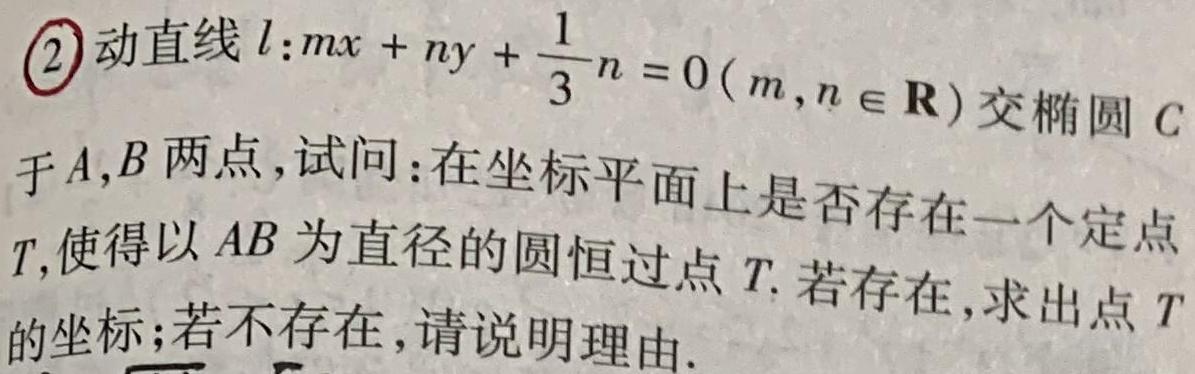
\textcircled{2}动直线$l:mx + ny+\frac{1}{3}n = 0(m,n\in\mathbf{R})$交椭圆$C$于$A,B$两点,试问:在坐标平面上是否存在一个定点$T$,使得以$AB$为直径的圆恒过点$T$.若存在,求出点$T$的坐标;若不存在,请说明理由.